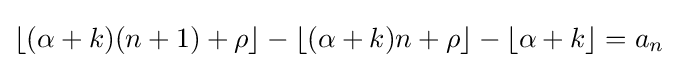
\lfloor (\alpha +k)(n+1)+\rho \rfloor -\lfloor (\alpha +k)n+\rho \rfloor -\lfloor \alpha +k\rfloor =a_{n}